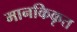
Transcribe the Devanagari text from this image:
मानकिकृत